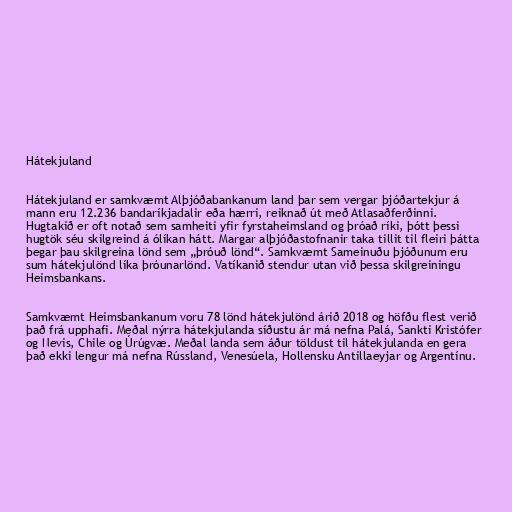
Hátekjuland

Hátekjuland er samkvæmt Alþjóðabankanum land þar sem vergar þjóðartekjur á
mann eru 12.236 bandaríkjadalir eða hærri, reiknað út með Atlasaðferðinni.
Hugtakið er oft notað sem samheiti yfir fyrstaheimsland og þróað ríki, þótt þessi
hugtök séu skilgreind á ólíkan hátt. Margar alþjóðastofnanir taka tillit til fleiri þátta
þegar þau skilgreina lönd sem „þróuð lönd“. Samkvæmt Sameinuðu þjóðunum eru
sum hátekjulönd líka þróunarlönd. Vatíkanið stendur utan við þessa skilgreiningu
Heimsbankans.

Samkvæmt Heimsbankanum voru 78 lönd hátekjulönd árið 2018 og höfðu flest verið
það frá upphafi. Meðal nýrra hátekjulanda síðustu ár má nefna Palá, Sankti Kristófer
og Nevis, Chile og Úrúgvæ. Meðal landa sem áður töldust til hátekjulanda en gera
það ekki lengur má nefna Rússland, Venesúela, Hollensku Antillaeyjar og Argentínu.